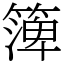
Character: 𥱼